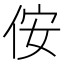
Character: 侒